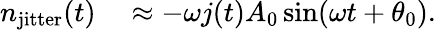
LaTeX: \begin{array}{rl}{n_{\mathrm{jitter}}(t)}&{{}\approx-\omega j(t)A_{0}\sin(\omega t+\theta_{0}).}\end{array}